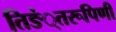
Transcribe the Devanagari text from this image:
तिङं्तरूपिणी